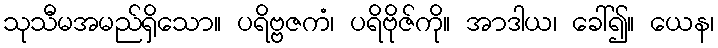
သုသီမအမည်ရှိသော။ ပရိဗ္ဗဇကံ၊ ပရိဗိုဇ်ကို။ အာဒါယ၊ ခေါ်၍။ ယေန၊